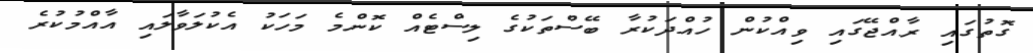
ގޮތުގައި ރާއްޖޭގައި ވިއްކުން ހުއްދަކުރާ ބޭސްތަކުގެ ލިސްޓެއް ކޮންމެ މަހަކު އެކުލަވާލައި އާއްމުކުރެ